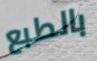
بالطبع